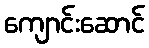
ကျောင်းဆောင်